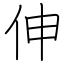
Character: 伸